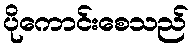
ပိုကောင်းစေသည်